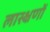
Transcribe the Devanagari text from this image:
लास्क्षणों